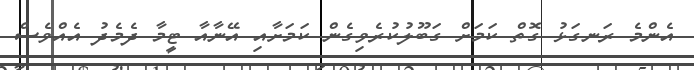
އެންމެ ރަނގަޅު ގޮތް ކަމަށް ގަބޫލުކުރެވިގެން ކަމަށާއި އޭނާއާ ޓީމާ ދެމެދު އެއްވެސް